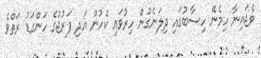
ވެޖައިނާ ހިމެނޭ ހިސާބުގައި ދިލަނެގުން ހިރުވައި ކެހުން އަދި ފަރުޖުގެ ހަންގަޑު ރަތްވެ